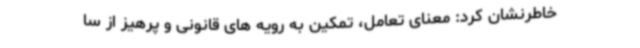
خاطرنشان کرد: معنای تعامل، تمکین به رویه های قانونی و پرهیز از سا